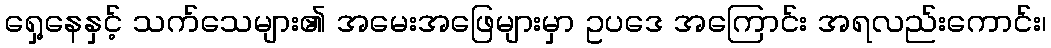
ရှေ့နေနှင့် သက်သေများ၏ အမေးအဖြေများမှာ ဥပဒေ အကြောင်း အရလည်းကောင်း၊